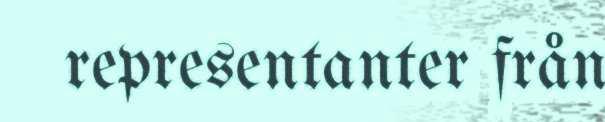
representanter från